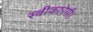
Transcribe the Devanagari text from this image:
स्वीकारेगी।